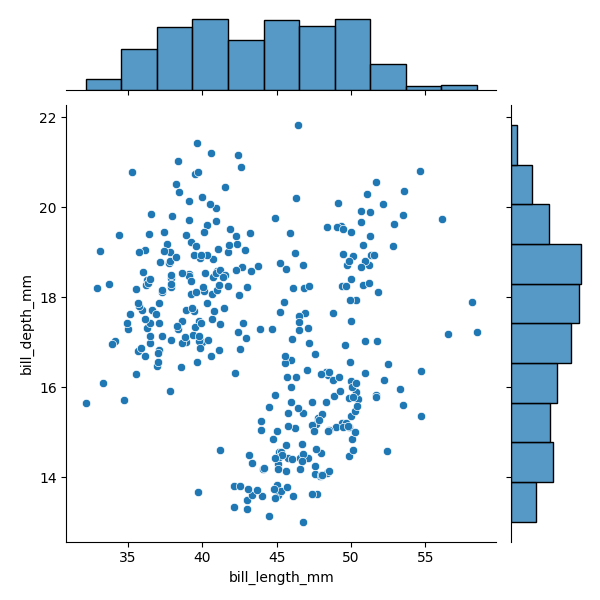
python, seaborn, JointGrid, scatterplot, histplot